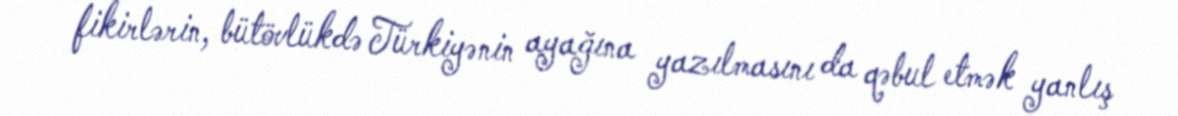
fikirlərin, bütövlükdə Türkiyənin ayağına yazılmasını da qəbul etmək yanlış